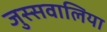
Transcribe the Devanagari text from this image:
जुस्सवालिया